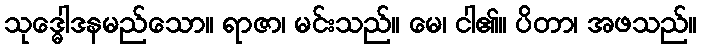
သုဒ္ဓေါဒနမည်သော။ ရာဇာ၊ မင်းသည်။ မေ၊ ငါ၏။ ပိတာ၊ အဖသည်။